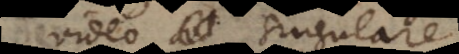
video singulare